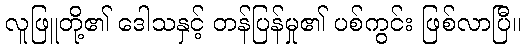
လူဖြူတို့၏ ဒေါသနှင့် တန်ပြန်မှု၏ ပစ်ကွင်း ဖြစ်လာပြီ။